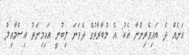
އަނެއް ދެ ބައިވެރިންނާ އެކު: އެ މުބާރާތުގެ ދެވަނަ ލިބުނީ އައިމިނަތު އިސްމާއިލް